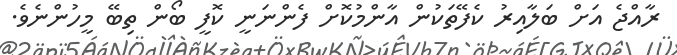
ރާއްޖެ އަށް ބަލާއިރު ކެފޭތަކުން އާންމުކޮށް ފެންނަނީ ކޮފީ ބޯން ތިބޭ މީހުންނެވެ.